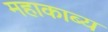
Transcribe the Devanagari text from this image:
महाकाब्‍य